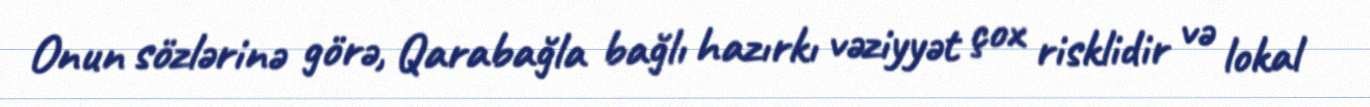
Onun sözlərinə görə, Qarabağla bağlı hazırkı vəziyyət çox risklidir və lokal